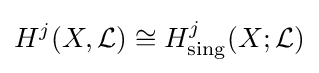
H^{j}(X,{\mathcal {L}})\cong H_{\mathrm {sing} }^{j}(X;{\mathcal {L}})